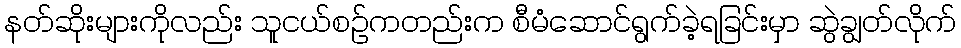
နတ်ဆိုးများကိုလည်း သူငယ်စဉ်ကတည်းက စီမံဆောင်ရွက်ခဲ့ရခြင်းမှာ ဆွဲချွတ်လိုက်